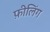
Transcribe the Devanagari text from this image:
फ़ीलिंग